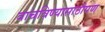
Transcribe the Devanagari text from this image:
वाचविण्यासाठीपण